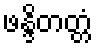
ဖန္ဒိတတ္တံ